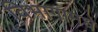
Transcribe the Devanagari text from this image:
विभागामधे